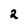
Character: 2